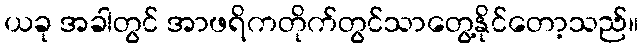
ယခု အခါတွင် အာဖရိကတိုက်တွင်သာတွေ့နိုင်တော့သည်။